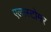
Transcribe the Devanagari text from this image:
एलास्टोमर